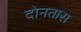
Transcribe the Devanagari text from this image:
दोनतास